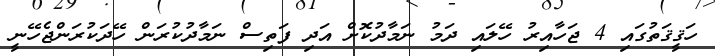
ހަޤީޤަތުގައި 4 ޖަހާއިރު ހޭލައި ދަމު ނަމާދުކޮށް އަދި ފަތިސް ނަމާދުކުރަން ހޭދަކުރަންޖެހޭނީ